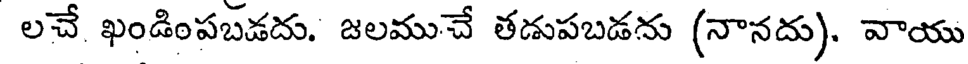
లచే ఖండింపబడదు. జలముచే తడుపబడను (నానదు). వాయు